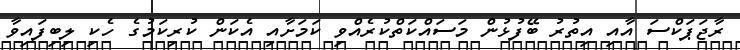
ރާޖަޕަކްސަ އާއި އިތުރު ބޭފުޅުން މަސައްކަތްކުރެއްވި ކަމަށާއި އެކަން ކުރިކަމުގެ ހެކި ލިބިފައިވާ